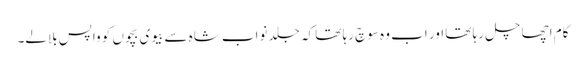
کام اچھا چل رہا تھا اور اب وہ سوچ رہا تھا کہ جلد نواب شاہ سے بیوی بچوں کو واپس بلالے۔